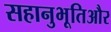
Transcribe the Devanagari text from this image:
सहानुभूतिऔर